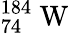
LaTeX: _{74}^{184}\mathrm{~W~}